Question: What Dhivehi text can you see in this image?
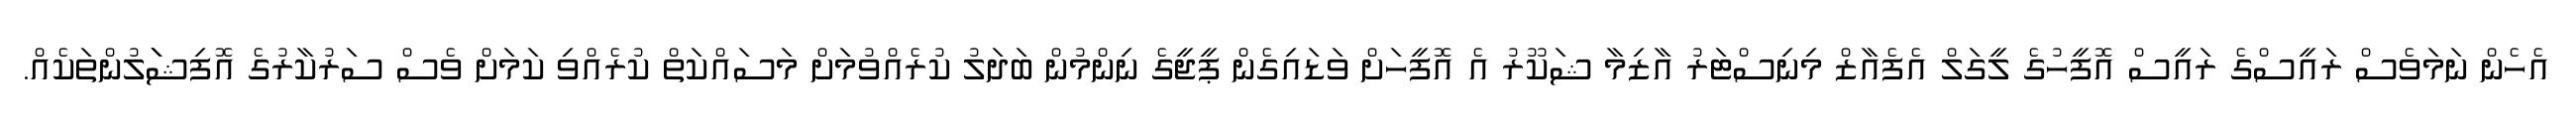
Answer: އެހެން ނަމަވެސް ރައީސްގެ ރައީސް އޮފީހުގެ ލީގަލް އެފެއާޒް މިނިސްޓަރު އާޒިމާ ޝަކޫރު އެ އޮފީހަށް ވަޑައިގެން ޕީޖީގެ ނިންމުން ބަދަލު ކުރެއްވުމަށް މަސައްކަތް ކުރެއްވި ކަމަށް ވެސް ސަރުކާރުގެ އޮފިޝަަލުންތަކެއް.